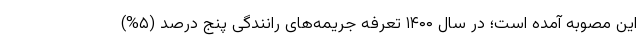
این مصوبه آمده است؛ در سال ۱۴۰۰ تعرفه جریمه‌های رانندگی پنج درصد (۵%)